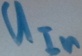
Text: UIn